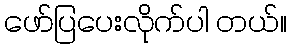
ဖော်ပြပေးလိုက်ပါ တယ်။